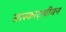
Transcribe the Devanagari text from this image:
सास्काट्चीवन